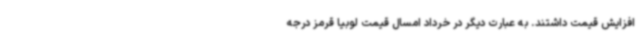
افزایش قیمت داشتند. به عبارت دیگر در خرداد امسال قیمت لوبیا قرمز درجه